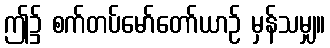
ဤ၌ စက်တပ်မော်တော်ယာဉ် မှန်သမျှ။